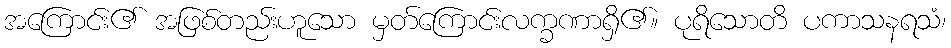
အကြောင်း၏ အဖြစ်တည်းဟူသော မှတ်ကြောင်းလက္ခဏာရှိ၏။ ပုရိသောတိ ပကာသနရသံ၊